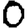
Digit: 0